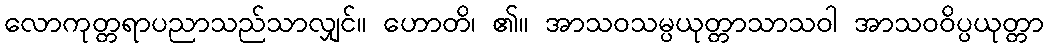
လောကုတ္တရာပညာသည်သာလျှင်။ ဟောတိ၊ ၏။ အာသဝသမ္ပယုတ္တာသာသဝါ အာသဝဝိပ္ပယုတ္တာ